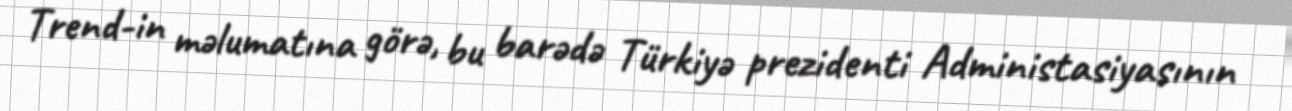
Trend-in məlumatına görə, bu barədə Türkiyə prezidenti Administasiyasının